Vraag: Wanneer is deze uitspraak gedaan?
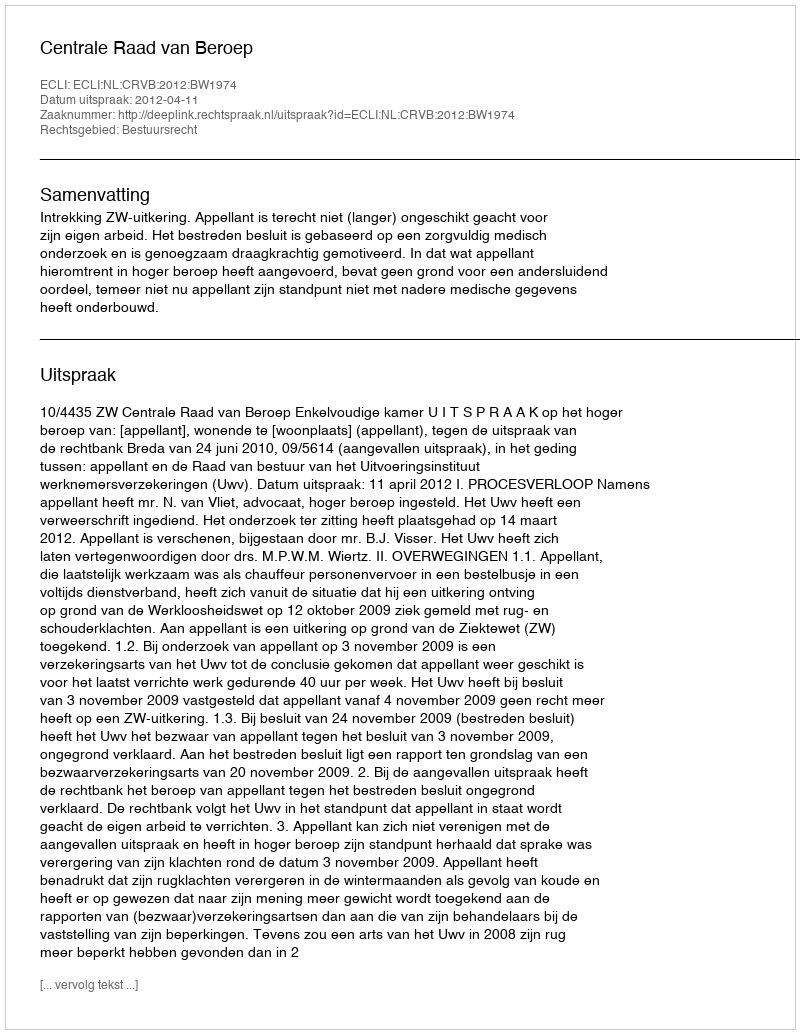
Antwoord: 2012-04-11